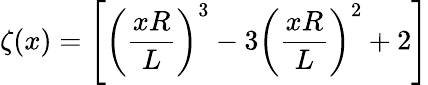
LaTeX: \zeta(x)=\left[\left(\frac{xR}{L}\right)^{3}-3\left(\frac{xR}{L}\right)^{2}+2\right]